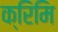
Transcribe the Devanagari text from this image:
क्रिमि